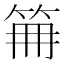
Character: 𥬰